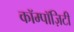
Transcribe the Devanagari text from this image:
कॉम्पॉज़िटी